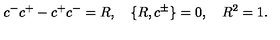
c ^ { - } c ^ { + } - c ^ { + } c ^ { - } = R , \quad \{ R , c ^ { \pm } \} = 0 , \quad R ^ { 2 } = 1 .